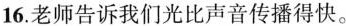
16.老师告诉我们光比声音传播得快。